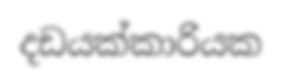
දඩයක්කාරියක